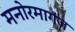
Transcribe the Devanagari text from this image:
मनोरमागंज